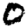
Digit: 0